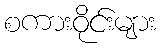
စကားဝိုင်းများ